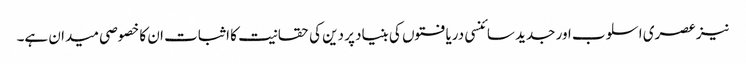
نیز عصری اسلوب اور جدید سائنسی دریافتوں کی بنیاد پر دین کی حقانیت کا اثبات ان کا خصوصی میدان ہے۔